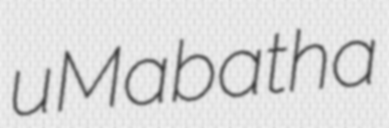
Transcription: uMabatha